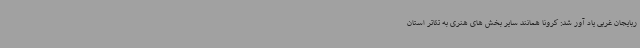
ربایجان غربی یاد آور شد: کرونا همانند سایر بخش های هنری به تئاتر استان